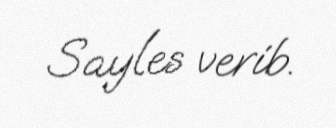
Sayles verib.